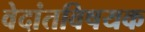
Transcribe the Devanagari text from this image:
वेदांतविषयक